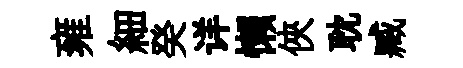
雍細癸详懶俠耽臧